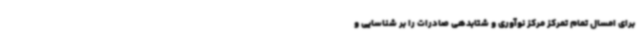
برای امسال تمام تمرکز مرکز نوآوری و شتابدهی صادرات را بر شناسایی و